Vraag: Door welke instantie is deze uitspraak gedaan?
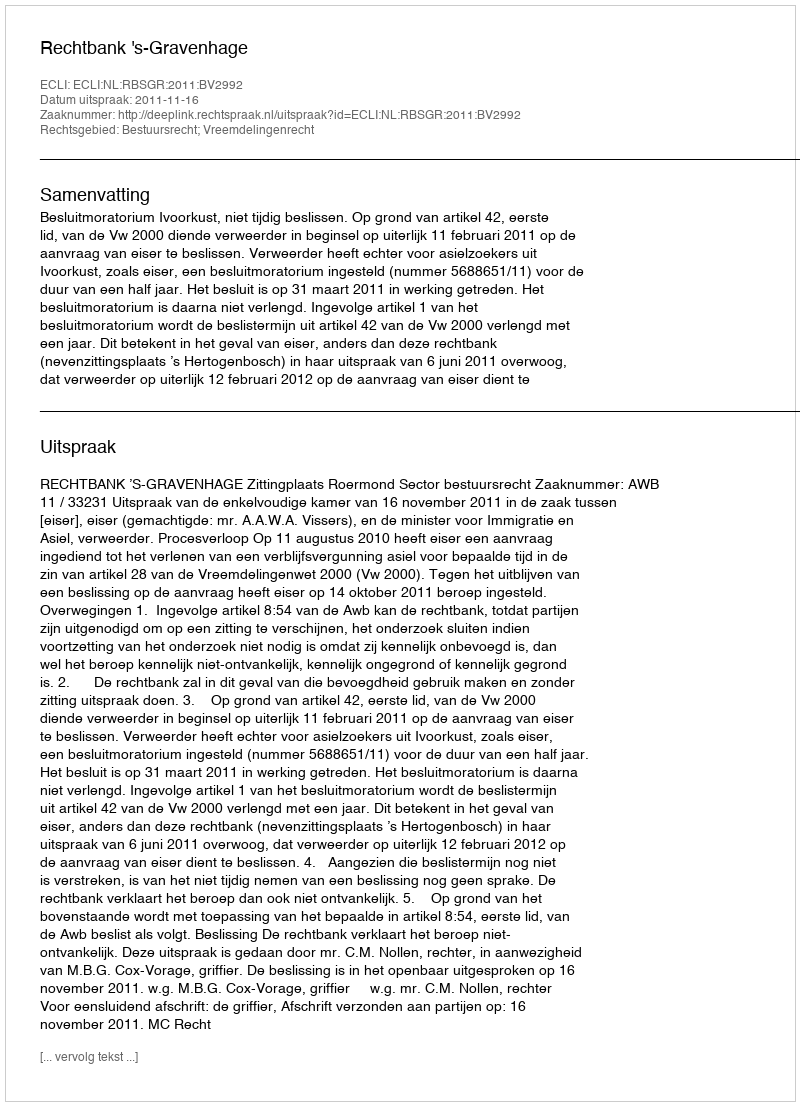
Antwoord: Rechtbank 's-Gravenhage